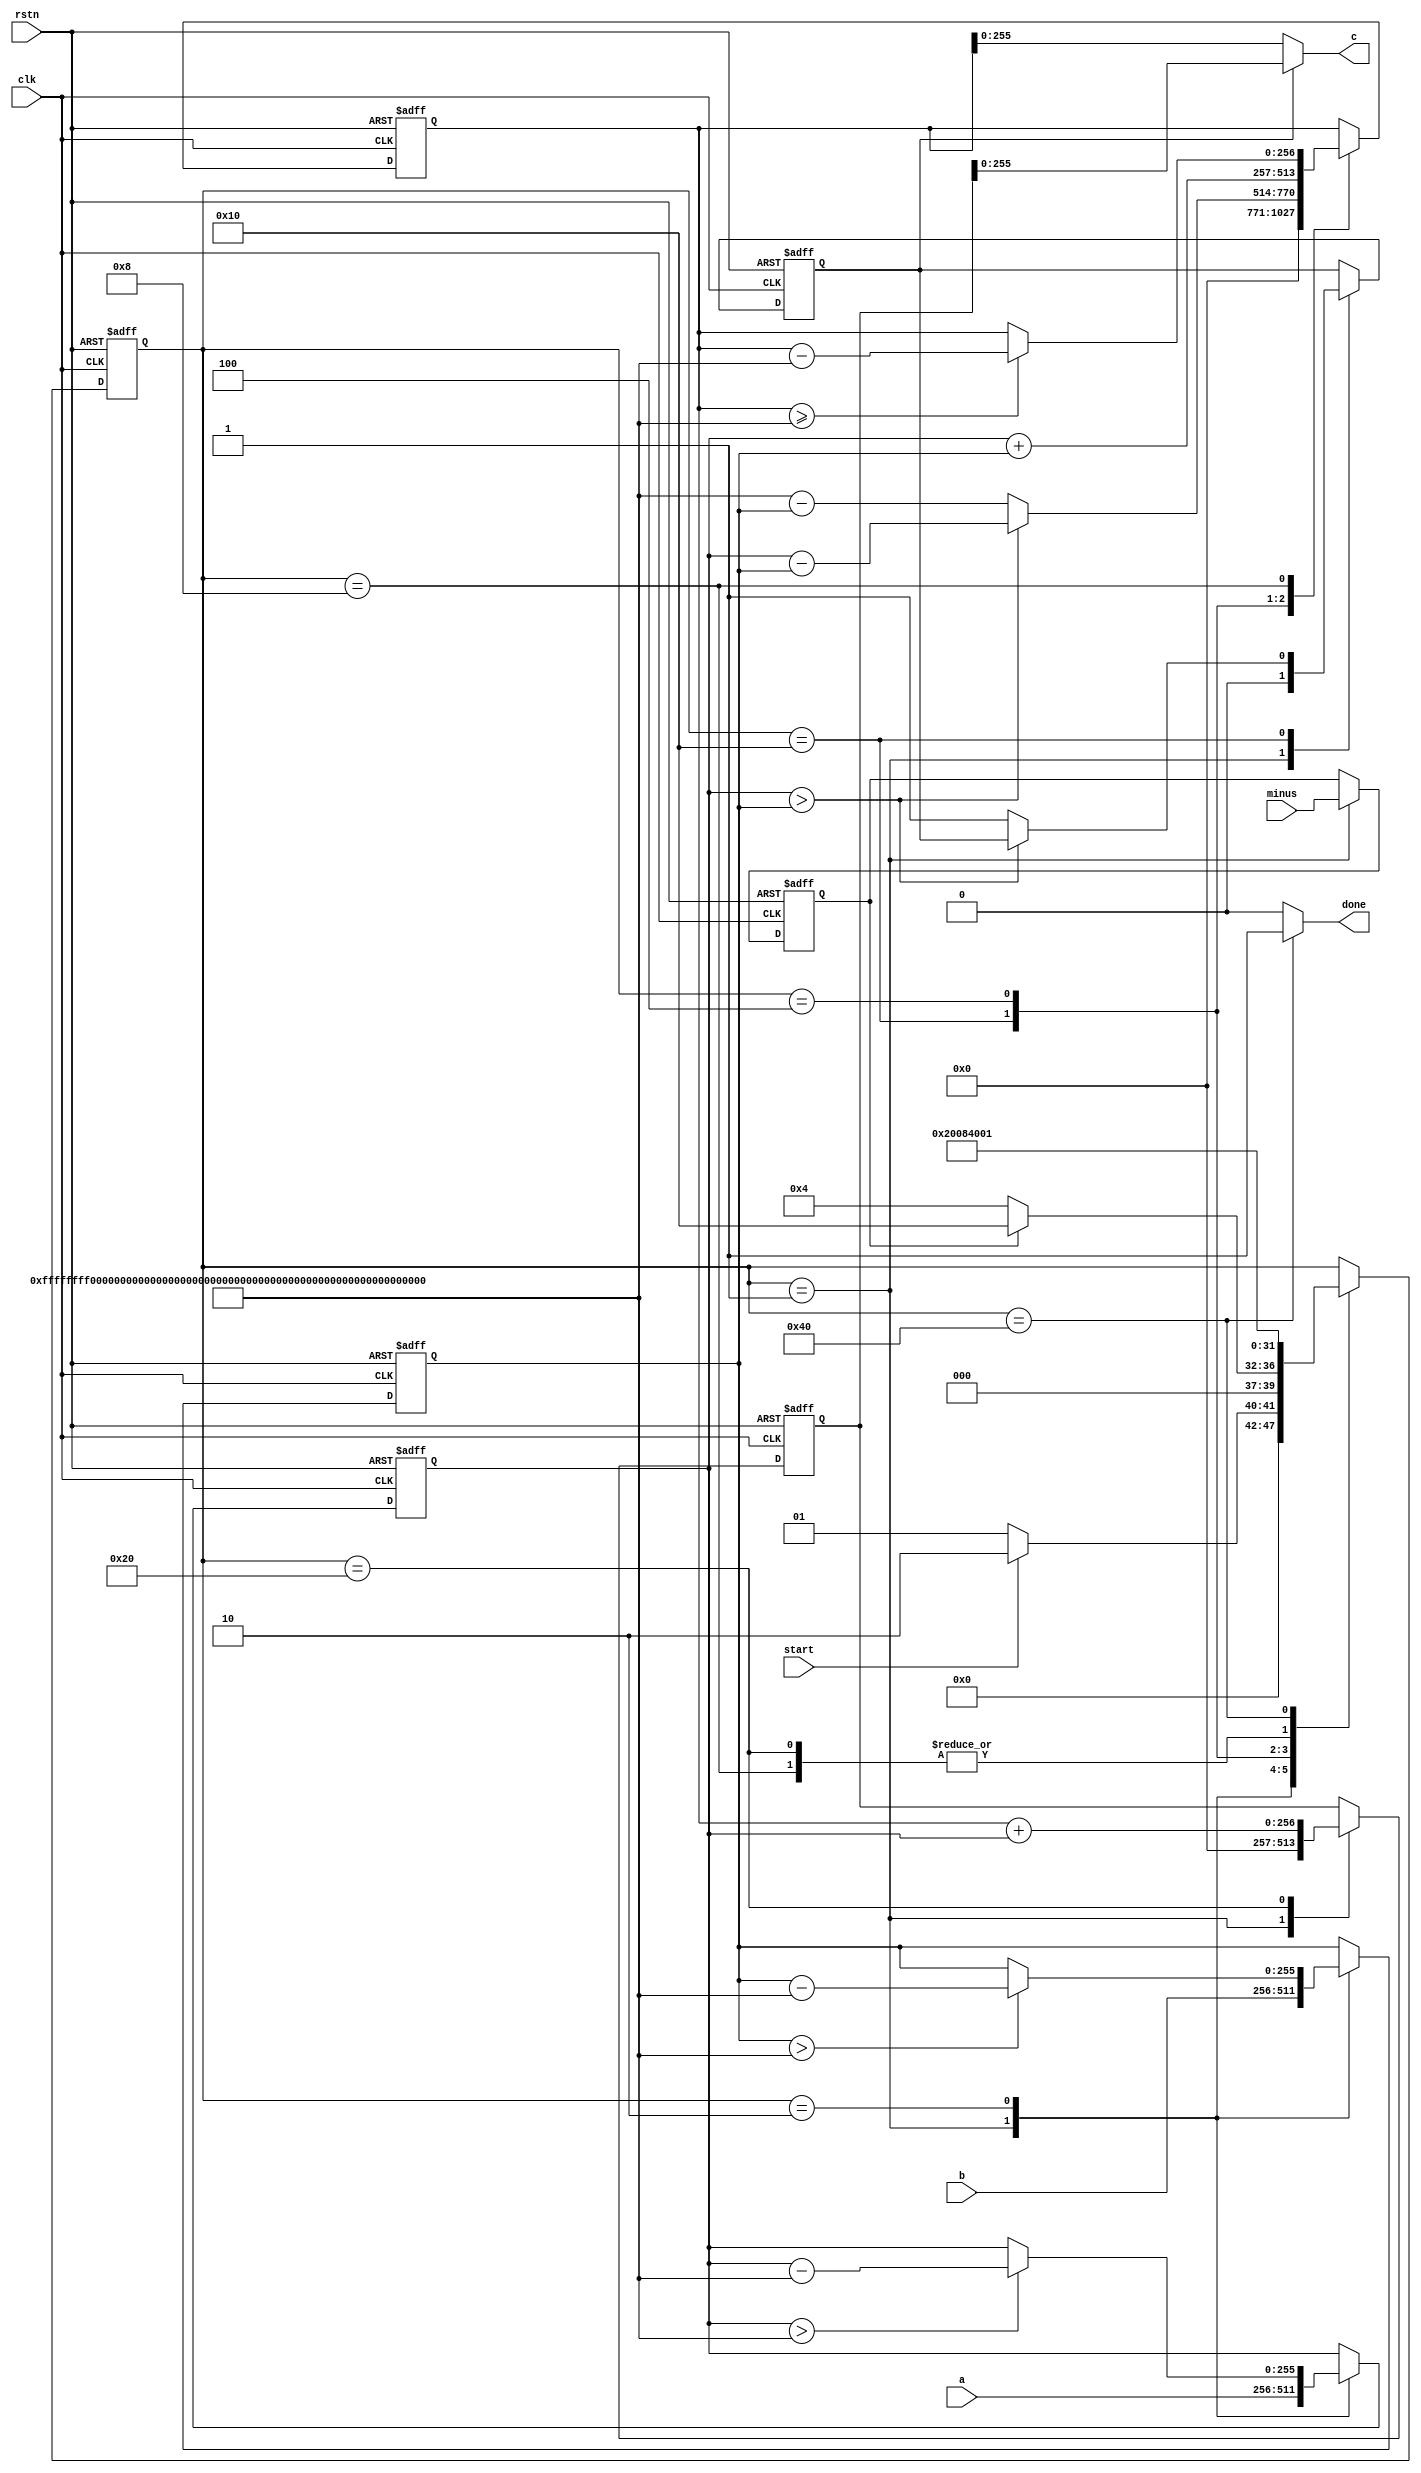
//////////////////////////////////////////////////////////////////////////////////
// Company: 
// 
// Design Name: 
// Module Name:    mul_mod_module 
// Project Name: 
// Target Devices: 
// Tool versions: 
// Description: 
//
// Dependencies: 
//
// Revision: 
// Revision 0.01 - File Created
// Additional Comments: 
//     3
//     start
//////////////////////////////////////////////////////////////////////////////////
module mod_add_p (
    clk,
    rstn,
    a,
    b,
    start,
    minus,
    c,
    done
);
    input wire clk;
    input wire rstn;
    input wire[255:0] a;
    input wire[255:0] b;
    input wire start;
    input wire minus;
    output wire[255:0] c;
    output wire done;
    
    localparam p = 256'hFFFFFFFEFFFFFFFFFFFFFFFFFFFFFFFFFFFFFFFF00000000FFFFFFFFFFFFFFFF;
    localparam p257 = 257'h0FFFFFFFEFFFFFFFFFFFFFFFFFFFFFFFFFFFFFFFF00000000FFFFFFFFFFFFFFFF;

    // regs
    reg[255:0] reg_a;
    reg[255:0] reg_b;
    reg is_minus;
    reg[256:0] mid1;
    reg[256:0] mid2;
    reg a_is_smaller;


    // state
    reg[7:0] state;
    localparam IDLE  = 8'b00000001;
    localparam JUDGE = 8'b00000010;
    localparam ADD1  = 8'b00000100;
    localparam ADD2  = 8'b00001000;
    localparam MIN1  = 8'b00010000;
    localparam MIN2  = 8'b00100000;
    localparam FIN   = 8'b01000000;

    always @(posedge clk or negedge rstn) begin
        if(!rstn) begin
            state <= IDLE;
        end
        else begin
            case(state)
                IDLE:begin
                    state <= start ? JUDGE : IDLE;
                end
                JUDGE:begin
                    state <= is_minus ? MIN1 : ADD1;
                end
                MIN1:begin
                    state <= MIN2;
                end
                MIN2:begin
                    state <= FIN;
                end
                ADD1:begin
                    state <= ADD2;
                end
                ADD2:begin
                    state <= FIN;
                end
                FIN:begin
                    state <= IDLE;
                end
                default:begin
                end
            endcase
        end
    end

    always @(posedge clk or negedge rstn) begin
        if(!rstn) begin
            reg_a <= 0;
            reg_b <= 0;
            is_minus <= 0;
            mid1 <= 0;
            mid2 <= 0;
            a_is_smaller <= 0;
        end
        else begin
            case(state)
                IDLE:begin
                    reg_a <= a;
                    reg_b <= b;
                    is_minus <= minus;
                    mid1 <= 0;
                    mid2 <= 0;
                    a_is_smaller <= 0;
                end
                JUDGE:begin
                    reg_a <= ( reg_a > p ) ? ( reg_a - p ) : reg_a;
                    reg_b <= ( reg_b > p ) ? ( reg_b - p ) : reg_b;
                end
                MIN1:begin
                    if( reg_a > reg_b ) begin
                        mid1 <= reg_a - reg_b;
                    end
                    else begin
                        mid1 <= p - reg_b;
                        a_is_smaller <= 1;
                    end
                end
                MIN2:begin
                    mid2 <= mid1 + reg_a;
                end
                ADD1:begin
                    mid1 <= reg_a + reg_b;
                end
                ADD2:begin
                    mid1 <= ( mid1 >= p257 ) ? ( mid1 - p257 ) : mid1;
                end
                FIN:begin
                end
                default:begin
                end
            endcase
        end
    end

    assign done = ( state == FIN ) ? 1 : 0;
    assign c = ( a_is_smaller ) ? mid2[255:0] : mid1[255:0];
endmodule